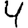
Digit: 4